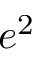
e ^ { 2 }